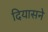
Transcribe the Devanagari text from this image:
दियासने